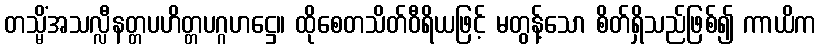
တသ္မိံအသလ္လီနတ္တပဟိတ္တပဂ္ဂဟဋ္ဌေ။ ထိုစေတသိတ်ဝီရိယဖြင့် မတွန့်သော စိတ်ရှိသည်ဖြစ်၍ ကာယိက